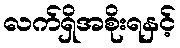
လက်ရှိအစိုးရနှင့်